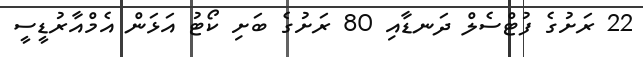
22 ރަށުގެ ފުޓްސެލް ދަނޑާއި 80 ރަށުގެ ބަށި ކޯޓު އަޅަން އެމްއާރުޑީސީ